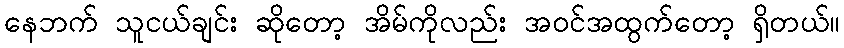
နေဘက် သူငယ်ချင်း ဆိုတော့ အိမ်ကိုလည်း အဝင်အထွက်တော့ ရှိတယ်။